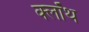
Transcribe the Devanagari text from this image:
क्‍लॉथ